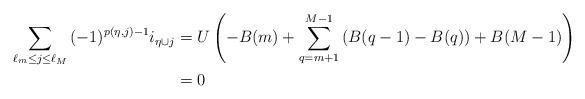
LaTeX: \begin{align*}\sum_{ \ell_{m} \leq j \leq \ell_{M}}{ (-1)^{p(\eta,j)-1} i_{\eta \cup j}} &=U\left( - B(m)+ \sum_{q=m+1}^{M-1}\left(B(q-1)-B(q)\right) +B(M-1)\right)\\&=0\end{align*}